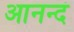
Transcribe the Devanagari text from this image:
आनन्दं